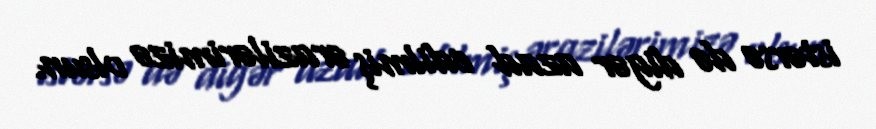
istərsə də digər azad edilmiş ərazilərimizə olsun.